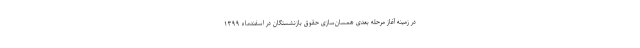
در زمینه آغاز مرحله بعدی همسان‌سازی حقوق بازنشستگان در اسفندماه ۱۳۹۹